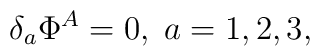
\delta _{a}\Phi ^{A}=0,\;a=1,2,3,